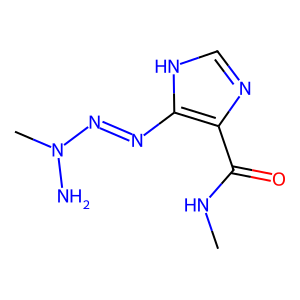
SMILES: CNC(=O)c1nc[nH]c1N=NN(C)N
Inhibits HIV replication: No